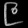
Digit: ၉